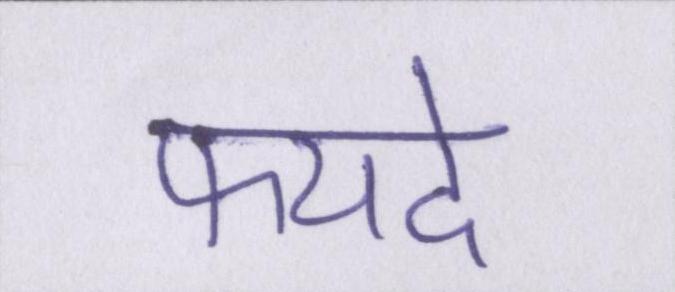
फयदे